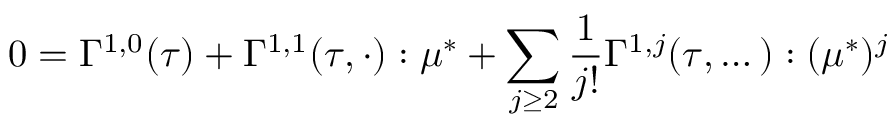
0 = \Gamma ^ { 1 , 0 } ( \tau ) + \Gamma ^ { 1 , 1 } ( \tau , \cdot ) : \mu ^ { * } + \sum _ { j \geq 2 } \frac { 1 } { j ! } \Gamma ^ { 1 , j } ( \tau , \dots ) : ( \mu ^ { * } ) ^ { j }